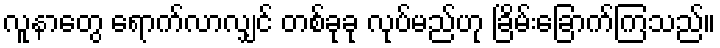
လူနာတွေ ရောက်လာလျှင် တစ်ခုခု လုပ်မည်ဟု ခြိမ်းခြောက်ကြသည်။